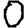
Digit: 0